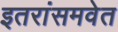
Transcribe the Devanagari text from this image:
इतरांसमवेत